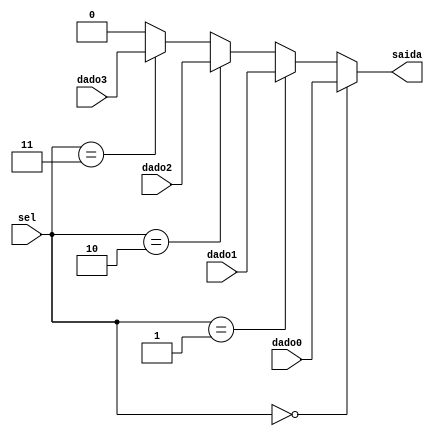
module mux1_4(
	input [1:0] sel,
	input dado0,dado1,dado2,dado3,
	output saida
	);
	
assign saida = sel==2'b00 ? dado0 :
					sel==2'b01 ? dado1 :
					sel==2'b10 ? dado2 :
					sel==2'b11 ? dado3 : 1'b0;			
endmodule